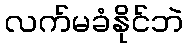
လက်မခံနိုင်ဘဲ